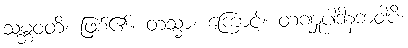
သမ္ဘဝတိ၊ ဖြစ်၏။ တသ္မာ၊ ကြောင့်။ တဏှုပါဒါနဘဝါပိ၊